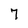
Character: 7